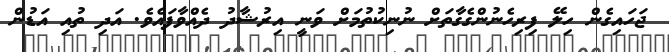
ޖަހައިގެން ހިލޭ ފިރިހެނުންގެގާތަށް ނުނިކުތުމަށް ވަނީ އިރުޝާދު ދެއްވާފައެވެ. އަދި ތުއި އަޑުން